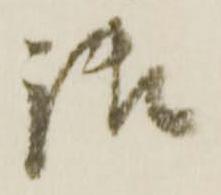
御